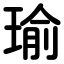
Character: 瑜